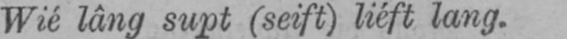
Wié lâng supt (seift) liéft lang.